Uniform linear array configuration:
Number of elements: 48
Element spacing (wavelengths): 1
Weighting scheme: binomial
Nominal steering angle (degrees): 45
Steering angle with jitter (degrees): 43.571
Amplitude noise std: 0.05
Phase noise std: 0.05

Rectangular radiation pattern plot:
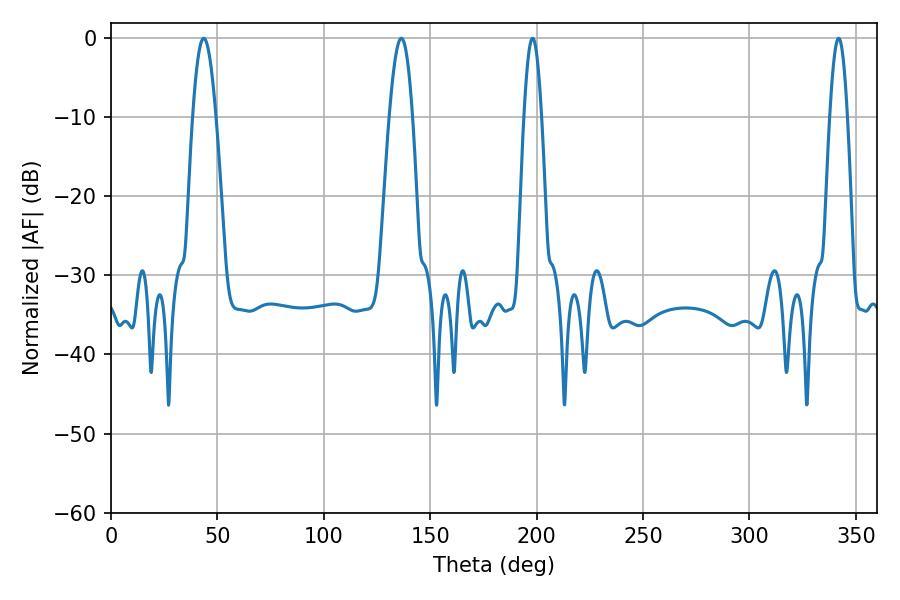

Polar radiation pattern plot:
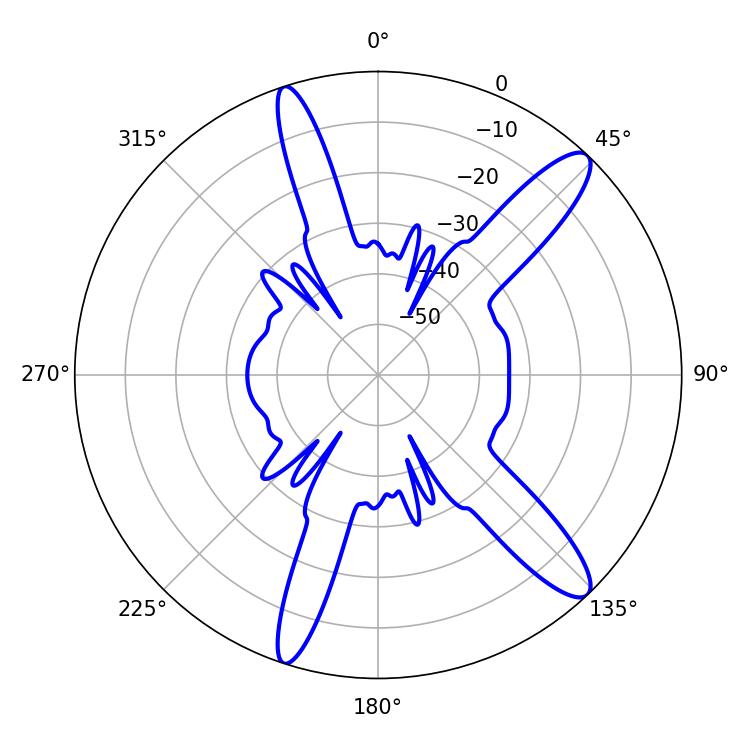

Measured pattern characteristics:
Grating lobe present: TRUE
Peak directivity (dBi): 12.906
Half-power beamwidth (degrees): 5.94
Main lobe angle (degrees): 43.56